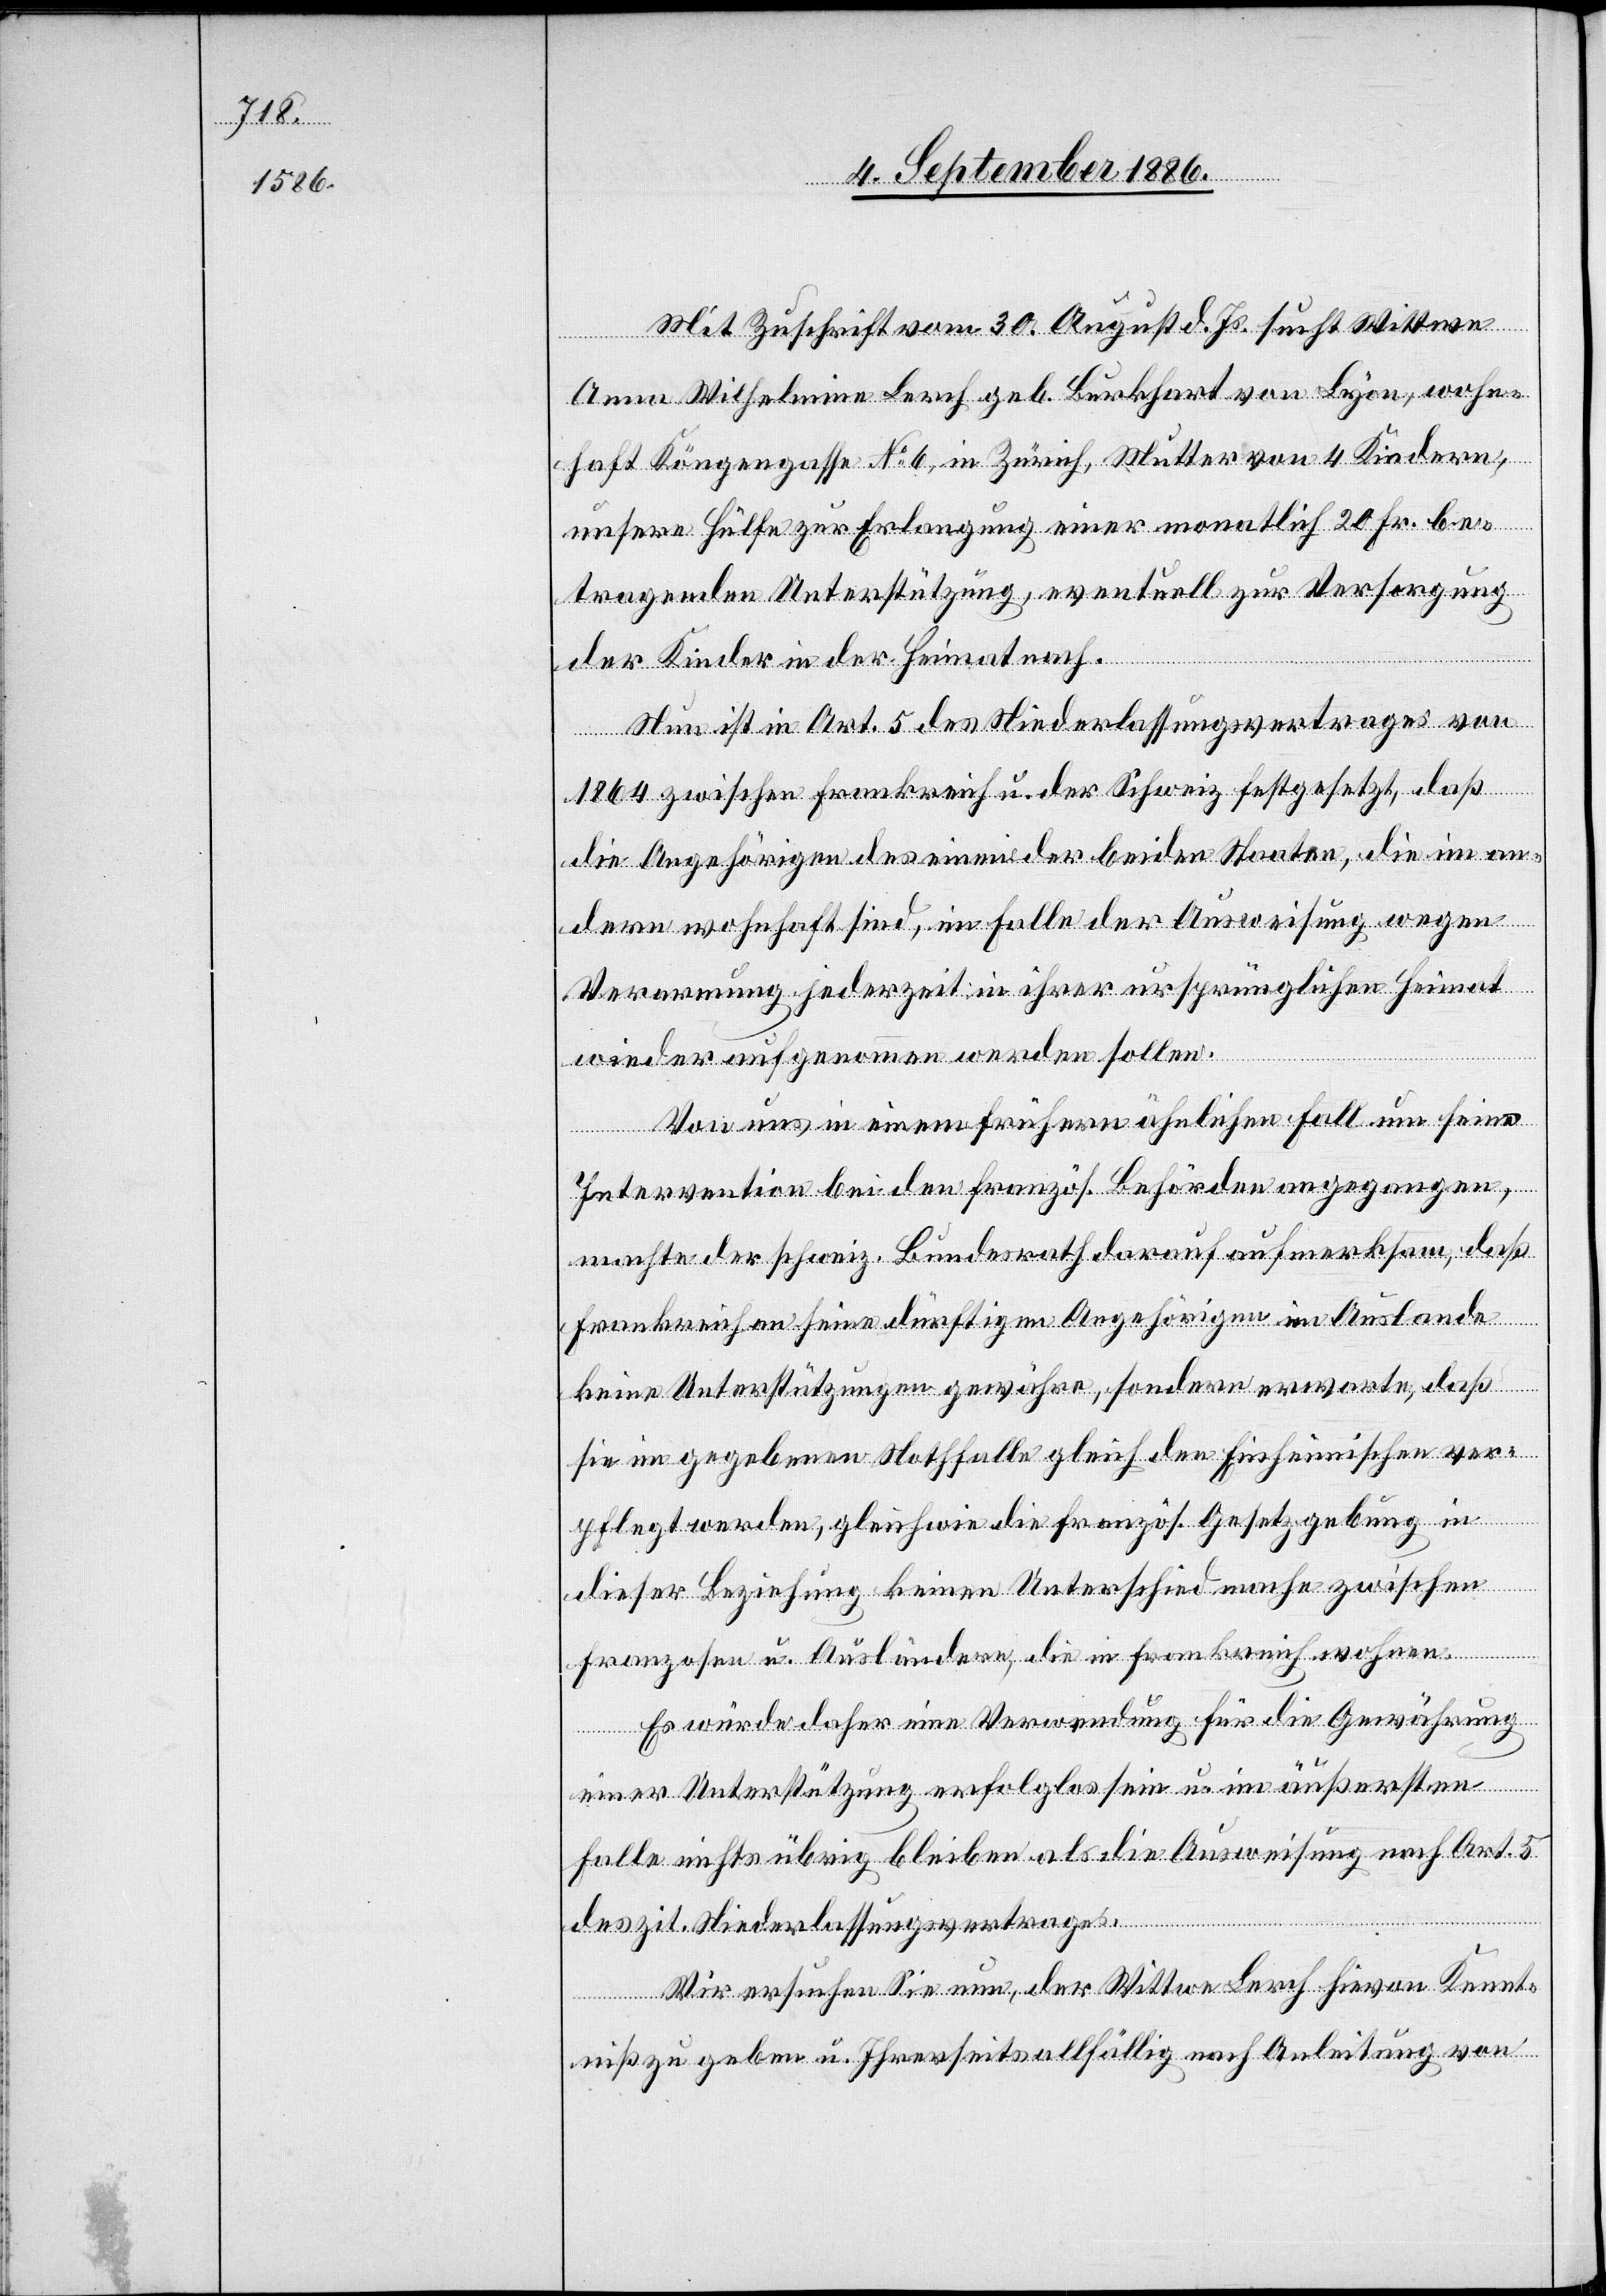
„Mit Zuschrift vom 30. August d. Js. sucht Wittwe
Anna Wilhelmine Lerch geb. Burkhart [sic!] von Lyon, wohn¬
haft Köngengasse No 6, in Zürich, Mutter von 4 Kindern,
unsere Hülfe zur Erlangung einer monatlich 20 Fr. be¬
tragenden Unterstützung, eventuell zur Versorgung
der Kinder in der Heimat nach.
Nun ist in Art. 5 des Niederlassungsvertrages von
1864 zwischen Frankreich u. der Schweiz festgesetzt, daß
die Angehörigen des einen der beiden Staaten, die im an¬
dern wohnhaft sind, im Falle der Ausweisung wegen
Verarmung jederzeit in ihrer ursprünglichen Heimat
wieder aufgenommen werden sollen.
Von uns in einem frühern ähnlichen Fall um seine
Intervention bei den französ. Behörden angegangen,
machte der schweiz. Bundesrath darauf aufmerksam, daß
sie im gegebenen Nothfalle gleich der Einheimischen ver¬
pflegt werden, gleichwie die französ. Gesetzgebung in
dieser Beziehung keinen Unterschied mache zwischen
Franzosen u. Ausländern, die in Frankreich wohnen.
Es würde daher eine Verwendung für die Gewährung
einer Unterstützung erfolglos sein u. im äußersten
Falle nichts übrig bleiben als die Ausweisung nach Art. 5
des zit. Niederlassungsvertrages.
Wir ersuchen Sie nun, der Wittwe Lerch hievon Kennt¬
niß zu geben u. Ihrerseits allfällig nach Anleitung von